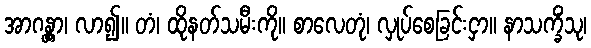
အာဂန္တွာ၊ လာ၍။ တံ၊ ထိုနတ်သမီးကို။ စာလေတုံ၊ လှုပ်စေခြင်းငှာ။ နာသက္ခိံသု၊